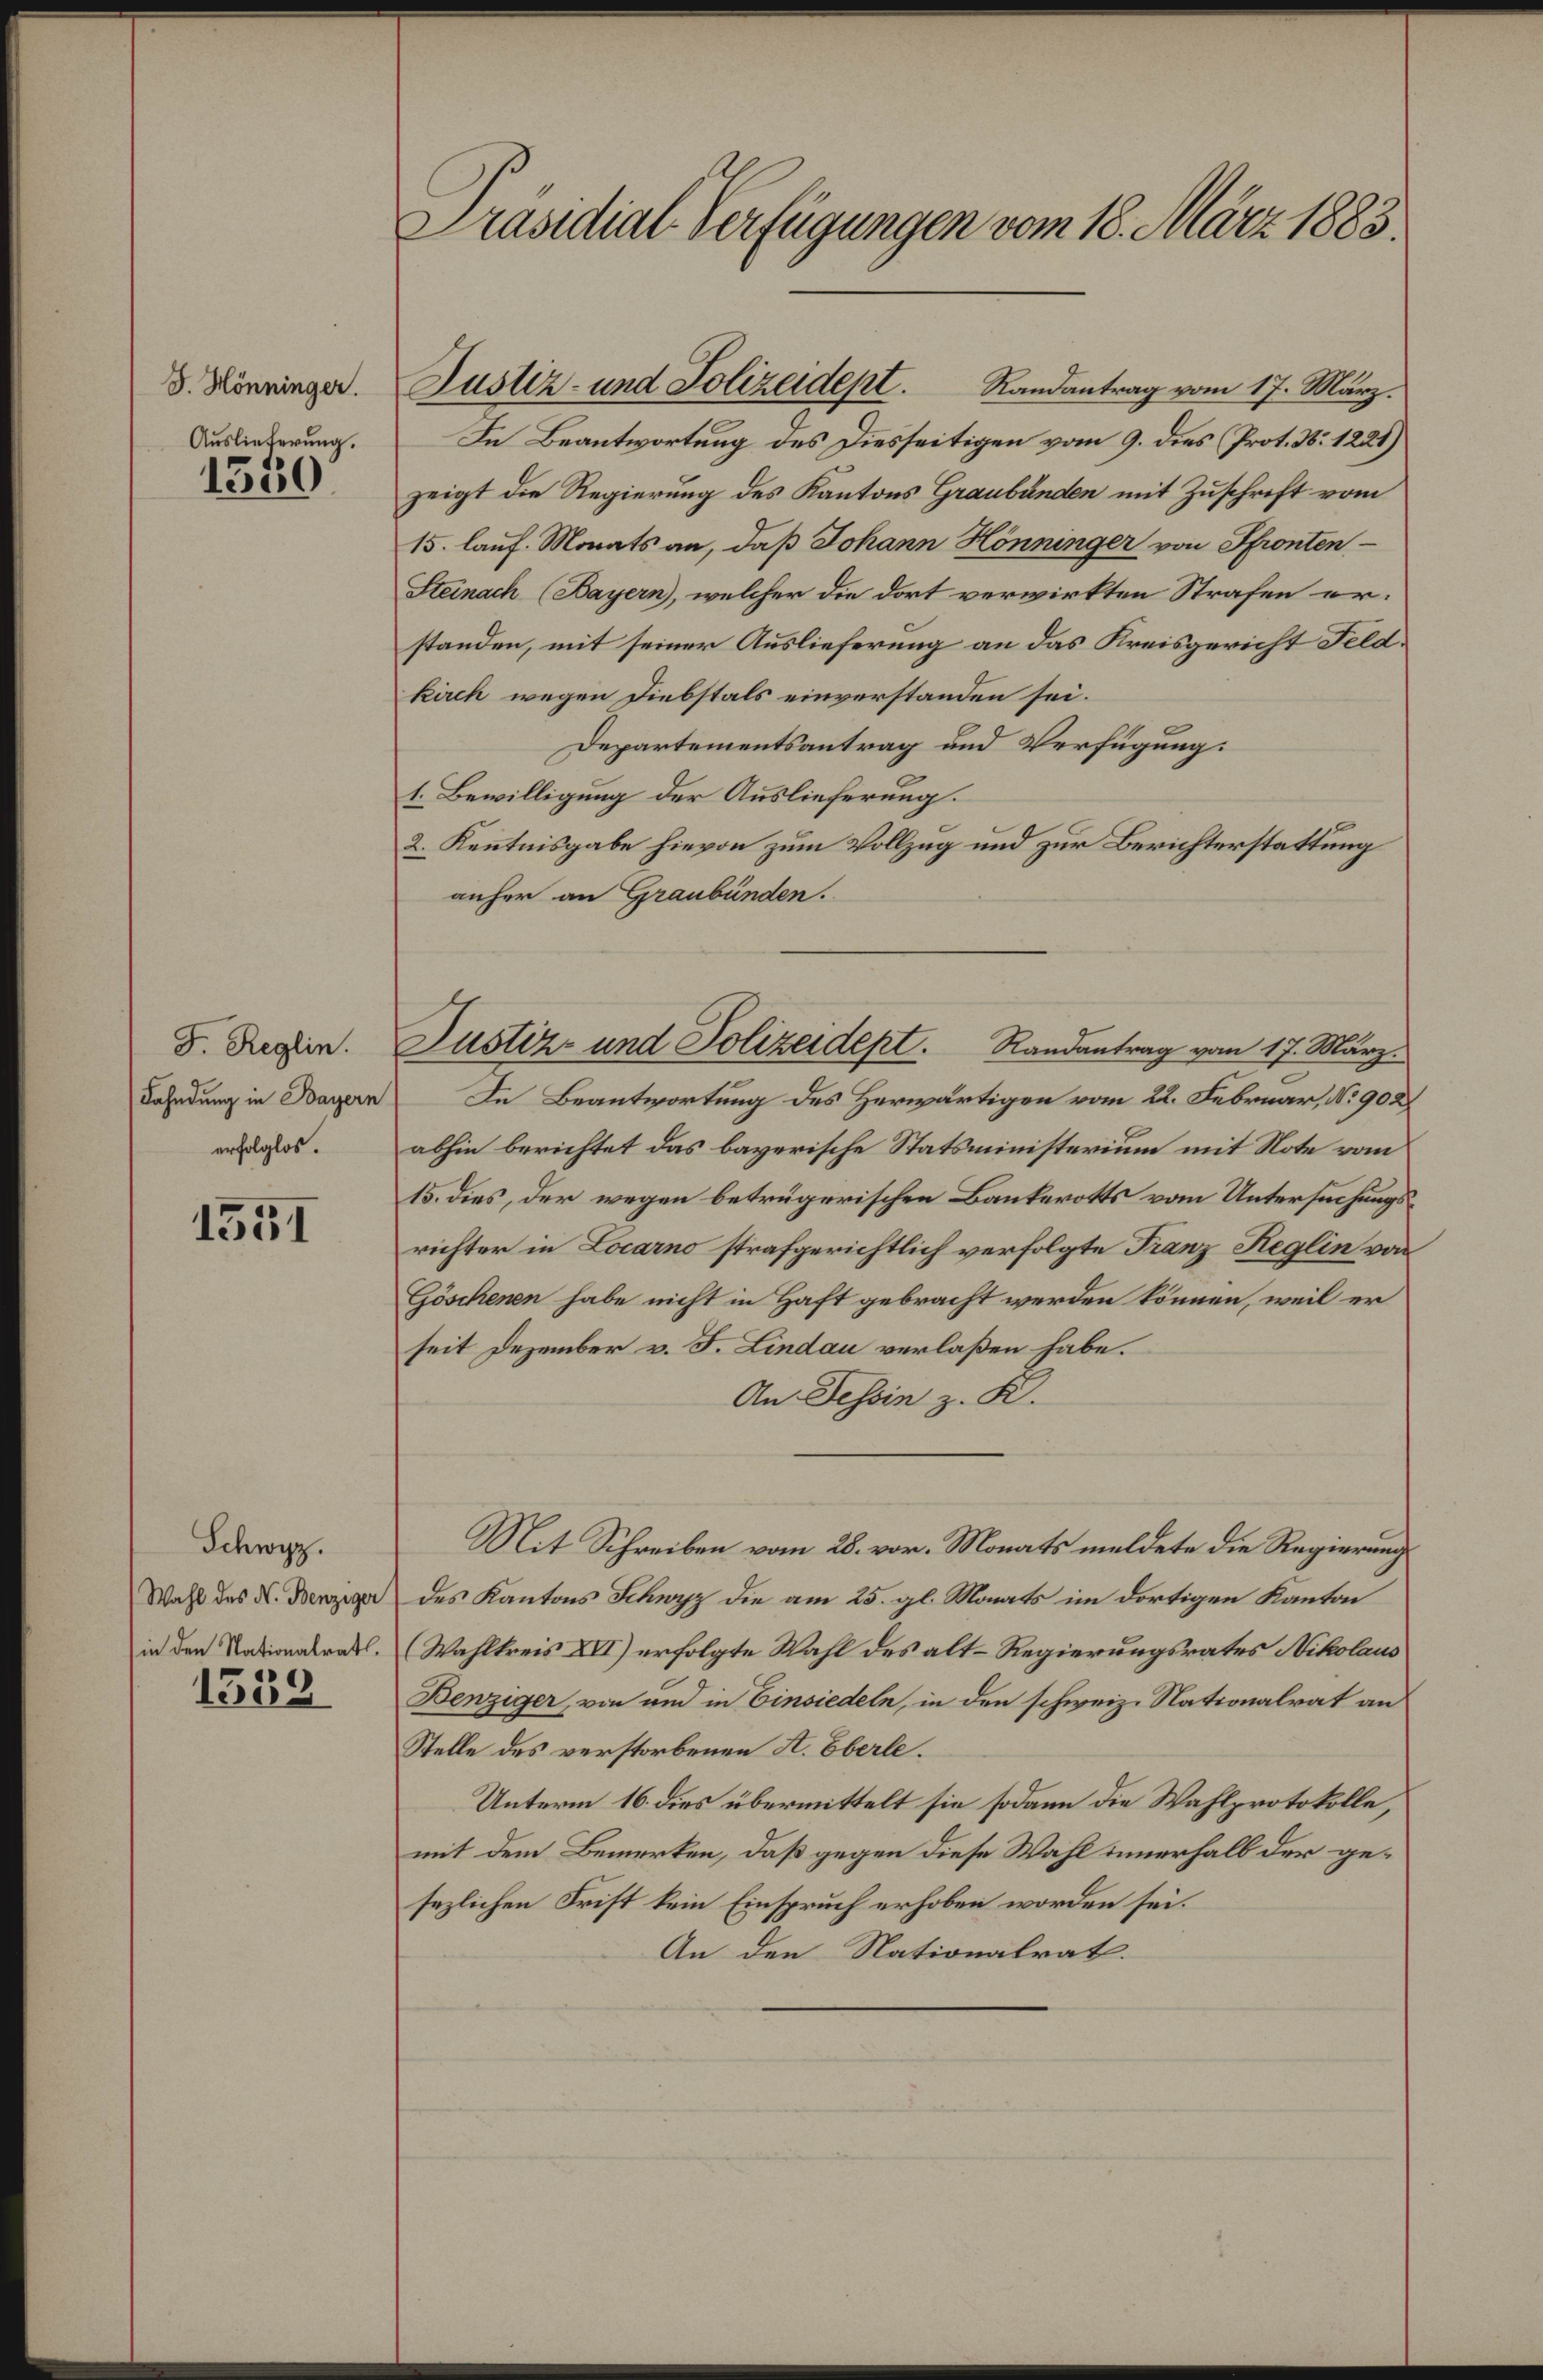
J. Hönninger.
Auslieferung.

1589

F. Reglin.
Fahndung in Bayern
erfolglos.

1551

Schwyz.
Wahl des N. Benziger
in den Nationalrath.

1539

Präsidial-Verfügungen vom 18. März 1883.

In Beantwortung des Diesseitigen vom 9. dies Prot. N. 1221)
zeigt die Regierung des Kantons Graubünden mit Zuschrift vom
15. lauf. Monats an, daß Johann Hönninger von Pfronten¬
Steinach (Bayern), welcher die dort verwirkten Strafen erstanden, mit seiner Auslieferung an das Kreisgericht Feld.
kirch wegen Diebstals einverstanden sei.
Departementsantrag und Verfügung:
1. Bewilligung der Auslieferung.
2. Kenntnisgabe hievon zum Vollzug und zur Berichterstattung
anher an Graubünden.
In Beantwortung des Herwärtigen vom 22. Februar, No 902
abhin berichtet das bayerische Statsministerium mit Note vom
15. dies, der wegen betrügerischen Baukerotts vom Untersuchungsrichter in Locarno strafgerichtlich verfolgte Franz Reglin von
Göschenen habe nicht in Haft gebracht werden können, weil er
seit Dezember v. J. Lindau verlaßen habe.
An Tessin z. K.
Mit Schreiben vom 28. vor. Monats meldete die Regierung
des Kantons Schwyz die am 25. gl. Monats im dortigen Kanton
Wahlkreis XVI) erfolgte Wahl des alt-Regierungsrates Nikolaus
Benziger, von und in Einsiedeln, in den schweiz. Nationalrat an
Stelle des verstorbenen St. Eberle.
Unterm 16. dies übermittelt sie sodann die Wahlprotokolle,
mit dem Bemerken, daß gegen diese Wahl innerhalb der gesezlichen Frist kein Einspruch erhoben worden sei.
An den Nationalrat.

Justiz- und Polizeidept. Randantrag vom 17. März.

Justiz- und Polizeidept. Randantrag vom 17. März.